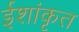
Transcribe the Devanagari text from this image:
ईशांकृत